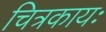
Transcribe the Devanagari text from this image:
चित्रकायः